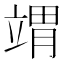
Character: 𬔤